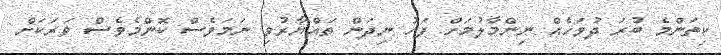
ކިތަންމެ ބުރަ ދުވަހެއް ނިންމާލުމަށް ފަހު ނިދަން ތައްޔާރުވި ނަމަވެސް ކޮންމެވެސް ވަރަކަށް